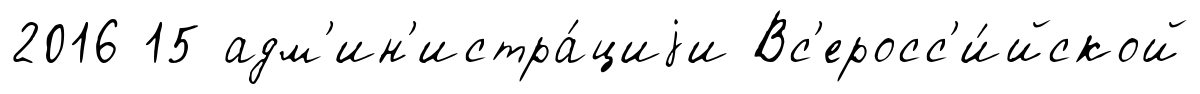
2016 15 адм'ин'истра́циjи Вс'еросс'и́йской